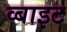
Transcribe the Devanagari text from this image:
व्बाइट